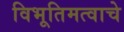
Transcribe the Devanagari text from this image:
विभूतिमत्वाचे